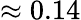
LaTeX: \approx 0.14